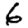
Digit: 6